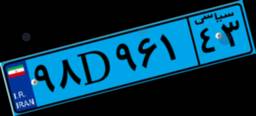
۹۸D۹۶۱۴۳